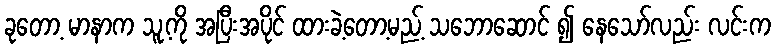
ခုတော့ မာနာက သူ့ကို အပြီးအပိုင် ထားခဲ့တော့မည့် သဘောဆောင် ၍ နေသော်လည်း လင်းက